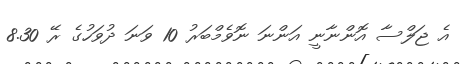
އެ ޖަލްސާ އޮންނާނީ އަންނަ ނޮވެމްބަރު 10 ވަނަ ދުވަހުގެ ރޭ 8.30